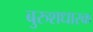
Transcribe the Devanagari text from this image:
बुरुशधारक